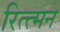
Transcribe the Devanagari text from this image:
रित्त्मन